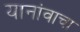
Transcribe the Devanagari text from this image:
यानांवाचा